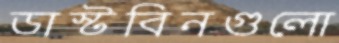
ডাস্টবিনগুলো